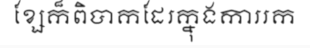
ខ្សែក៏ពិបាកដែរក្នុងការរក